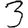
Digit: 3